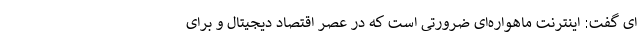
ای گفت: اینترنت ماهواره‌ای ضرورتی است که در عصر اقتصاد دیجیتال و برای